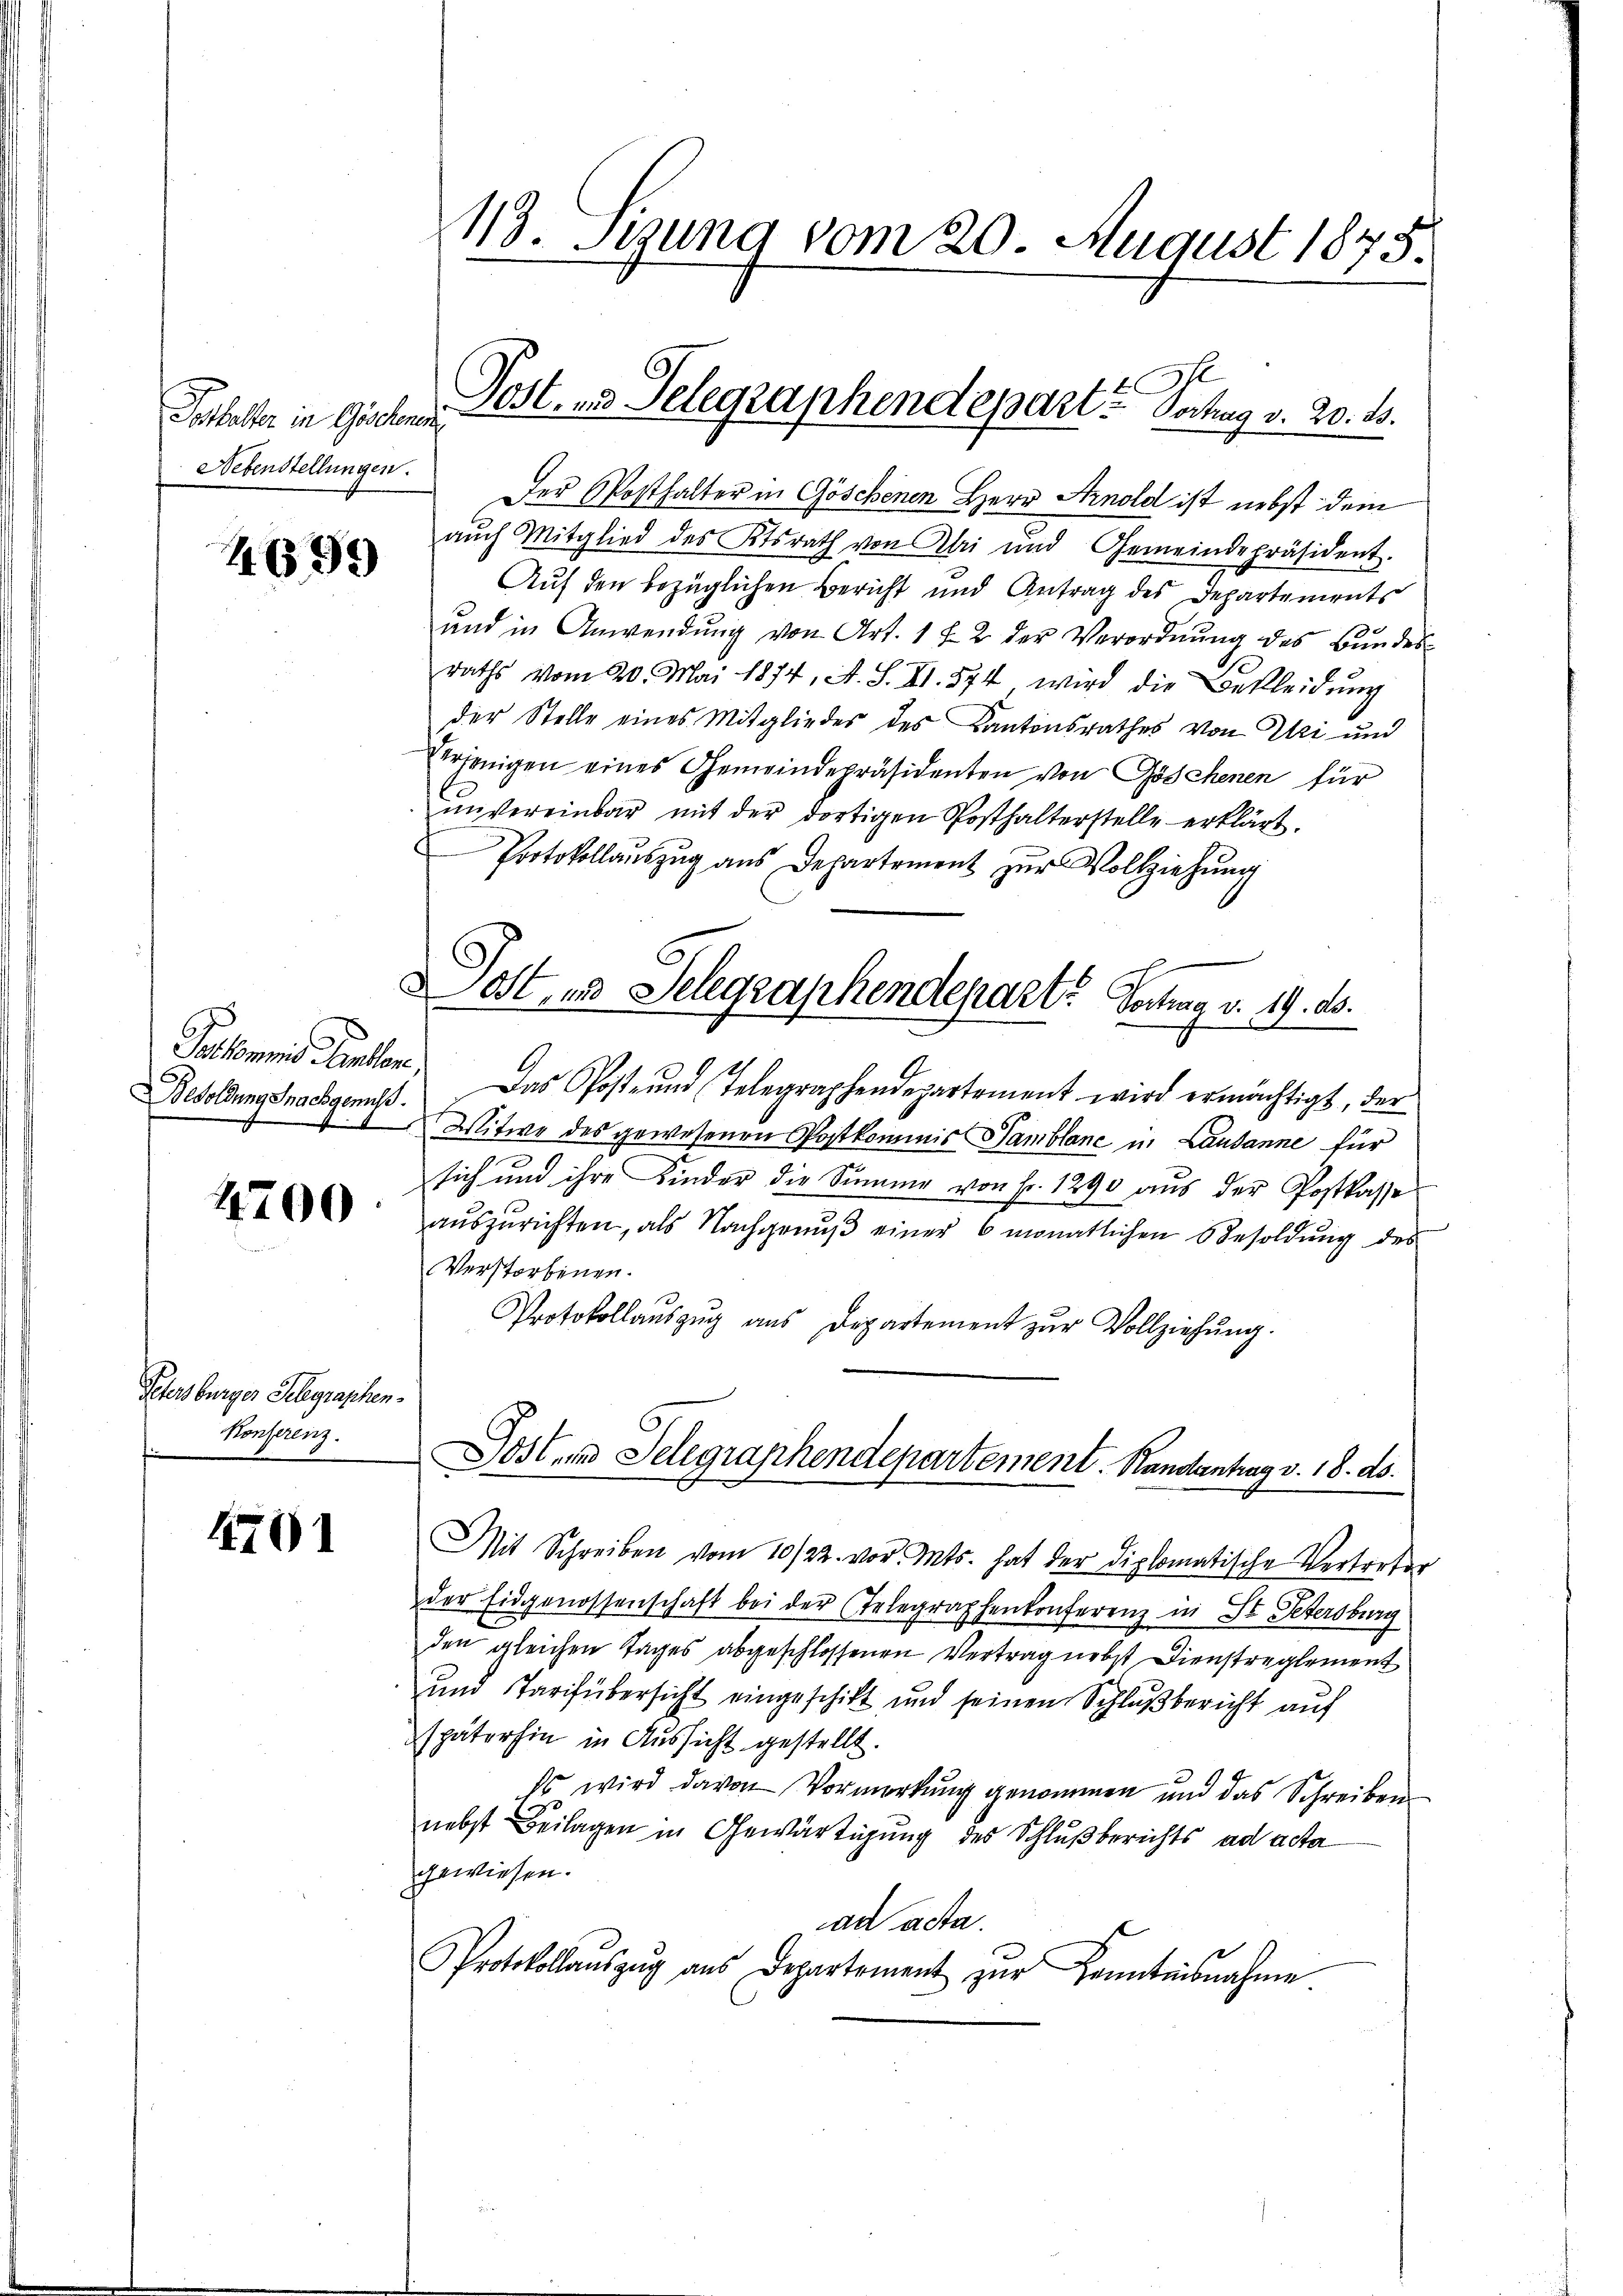
Gothalter in Göschenen
Nebenstellungen.

4699

4700

Petersburger Gelegraphen¬
Konserenz.

4701

Besoldung nachgenuss.

113. Sezung vom 20. August 1875.

1
Post- und Telegraphendepart - Vortrag v. 20. ds.

Der Posthalter in Göschenen Herr Arnold ist nebst dem
aŭch Mitglied des Ktsrath von Abri und Gemeindepräsident.
Auf den bezüglichen Bericht und Antrag des Departements
ŭnd in Anwendŭng von Art. 1 f 2 der Verordnŭng des Bŭndes-
raths vom 20. Mai 1874. A. S. XI. 574 wird die Bekleidŭng
der Stelle eines Mitglieder des Kantonsrathes von Uri und
erjenigen eines Gemeindepräsidenten von Göschenen für
ŭnvereinbar mit der dortigen Posthalterstelle erklärt.
Protokollauszug aus Departement zur Vollziehung

St., und Gelegraphendepart. Vertrag v. 19. ds.

Tatkommnis Tanten. Das Post und Telegraphendepartement wird ermächtigt, der
Witwe des gewesenen Postkommis Samblanc in Lausanne für
sich und ihre Kinder die Summe von Fr. 1290 aŭs der Postkasse
aŭszŭrichten, als Nachgenŭβ einer 6 monatlichen Besoldung des
Verstorbenen.
Protokollaŭszŭg ans Departement zŭr Vollziehŭng.

Post und Telegraphendepartement. Randantrag v. 18. ds.

Mit Schreiben vom 10/22. vor. Mts. hat der diplomatische Vertreter
der Eidgenossenschaft bei der Telegraphenkonferenz in St. Petersburg
den gleichen Tages abgeschlossenen Vertrag nebst Dienstreglement
und Tarifübersicht eingeschikt und seinen Schlußbericht auf
späterhin in Aussicht gestellt.
Es wird davon Vormerkung genommen und das Schreiben
nebst Beilagen in Gewärtigung des Schlußberichts ad acta
gewiesen.
ad acta.
Protokollaŭszŭg ans Departement zŭr Kenntnisnahme